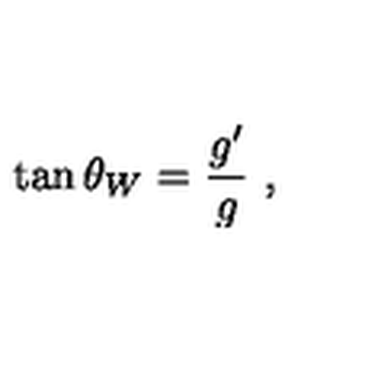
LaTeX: \tan \theta _ { W } = \frac { g ^ { \prime } } { g } \ ,